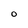
Character: O